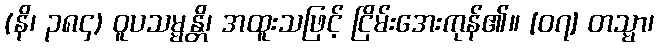
(နိ၊ ၃၈၄) ဝူပသမ္မန္တိ၊ အထူးသဖြင့် ငြိမ်းအေးကုန်၏။ [၀၇] တသ္မာ၊